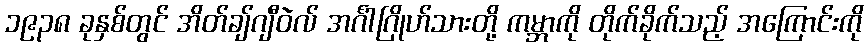
၁၉၃၈ ခုနှစ်တွင် အိတ်ချ်ဂျီဝဲလ် အင်္ဂါဂြိုဟ်သားတို့ ကမ္ဘာကို တိုက်ခိုက်သည့် အကြောင်းကို